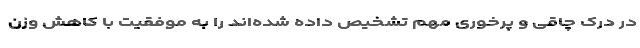
در درک چاقی و پرخوری مهم تشخیص داده شده‌اند را به موفقیت با کاهش وزن